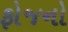
ફોજનો